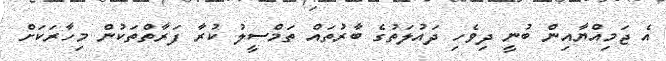
އެ ޖަމިއްޔާއިން ބުނީ ދިވެހި ދައުލަތުގެ ބާރުތައް ތަމްސީލު ކުރާ ފަރާތްތަކުން މިހާރަކަށް